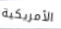
الأمريكية